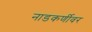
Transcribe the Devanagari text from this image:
नाडकर्णीवर